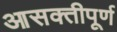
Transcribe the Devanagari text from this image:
आसक्तीपूर्ण